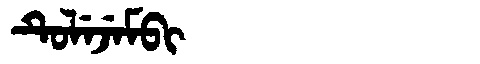
Manchu: ᡨᡠᠯᡝᠵᡝᠮᠪᡳ
Romanization: TULEJEMBI